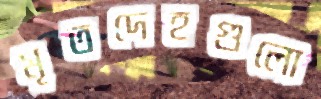
মৃতদেহগুলো